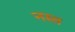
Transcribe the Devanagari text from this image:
नस्त